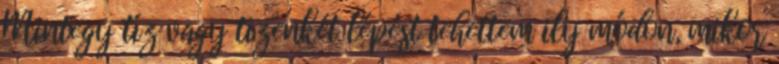
Mintegy tíz vagy tizenkét lépést tehettem ily módon, mikor